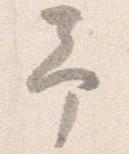
予